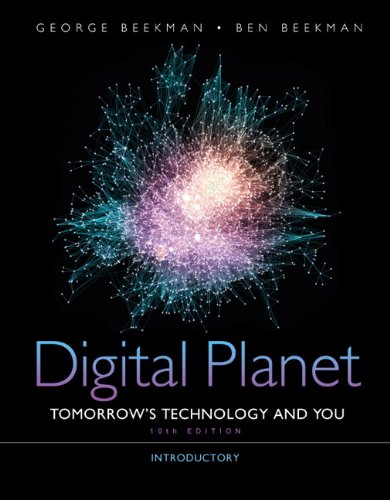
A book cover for Digital Planet: Tomorrow's Technology and You, Introductory (10th Edition) (Computers Are Your Future); George Beekman; Computers & Technology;